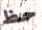
حظ